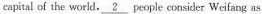
capital of the world, 2people consider Weifang as